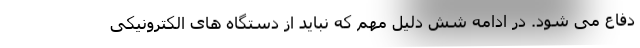
دفاع می شود. در ادامه شش دلیل مهم که نباید از دستگاه های الکترونیکی